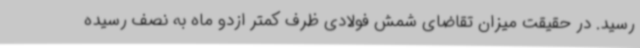
رسید. در حقیقت میزان تقاضای شمش فولادی ظرف کمتر ازدو ماه به نصف رسیده